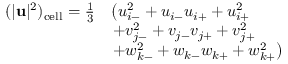
\begin{array} { r l } { ( | \mathbf { u } | ^ { 2 } ) _ { \mathrm { c e l l } } = \frac { 1 } { 3 } } & { \left( u _ { i - } ^ { 2 } + u _ { i - } u _ { i + } + u _ { i + } ^ { 2 } \right. } \\ & { \left. + v _ { j - } ^ { 2 } + v _ { j - } v _ { j + } + v _ { j + } ^ { 2 } \right. } \\ & { \left. + w _ { k - } ^ { 2 } + w _ { k - } w _ { k + } + w _ { k + } ^ { 2 } \right) } \end{array}